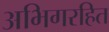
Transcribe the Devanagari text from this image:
अभिगरहित